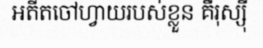
អតីតចៅហ្វាយរបស់ខ្លួន គឺរុស្ស៊ី